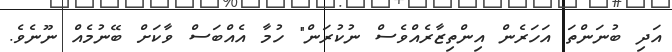
އަދި ބުނަންތަ އަހަރެން އިންތިޒާރެއްވެސް ނުކުރަން" ހުމާ އެއްބަސް ވާކަށް ބޭނުމެއް ނޫނެވެ.